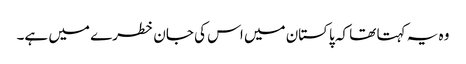
وہ یہ کہتا تھا کہ پاکستان میں اس کی جان خطرے میں ہے۔